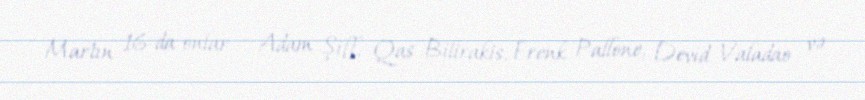
Martın 16-da onlar - Adam Şiff, Qas Bilirakis, Frenk Pallone, Devid Valadao və